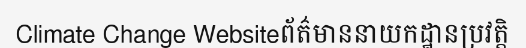
Climate Change Websiteព័ត៌មាននាយកដ្ឋានប្រវត្តិ